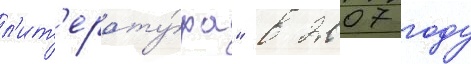
л'ит'ерату́ра" в 2007 году